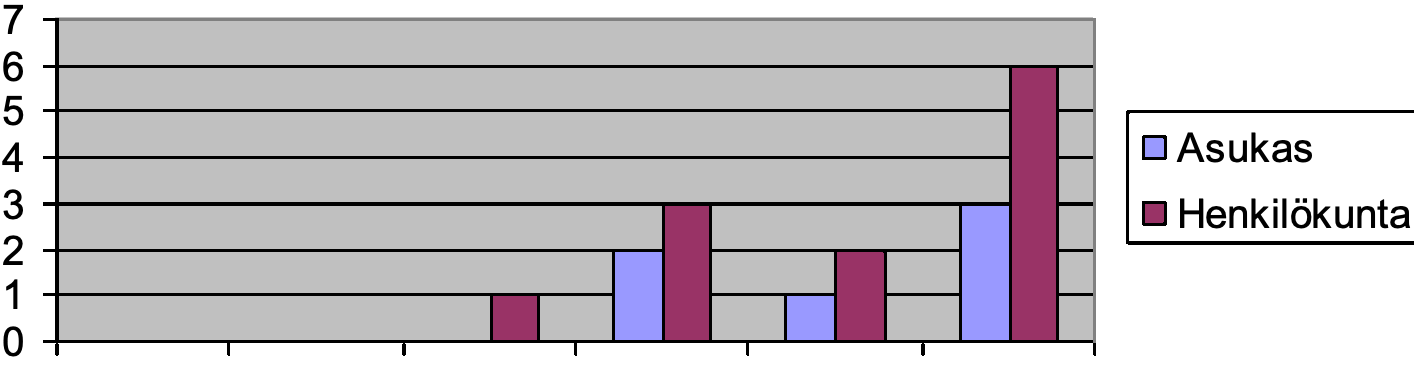
7 6 5 4                                      Asukas 3                                      Henkilökunta 2 1 0